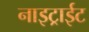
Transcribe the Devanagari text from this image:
नाइट्राईट